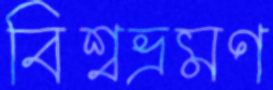
বিশ্বভ্রমণ